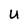
Character: U